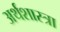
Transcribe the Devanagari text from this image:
अर्थशास्त्रा